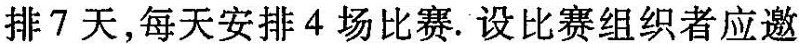
排7天，每天安排4场比赛.设比赛组织者应邀